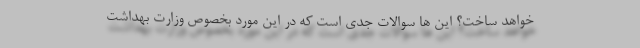
خواهد ساخت؟ این ها سوالات جدی است که در این مورد بخصوص وزارت بهداشت